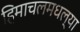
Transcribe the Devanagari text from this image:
हिमाचलमधल्या